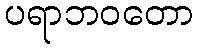
ပရာဘဝတော